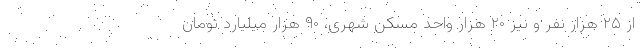
از ۲۵ هزار نفر و نیز ۲۰ هزار واحد مسکن شهری، ۹۰ هزار میلیارد تومان